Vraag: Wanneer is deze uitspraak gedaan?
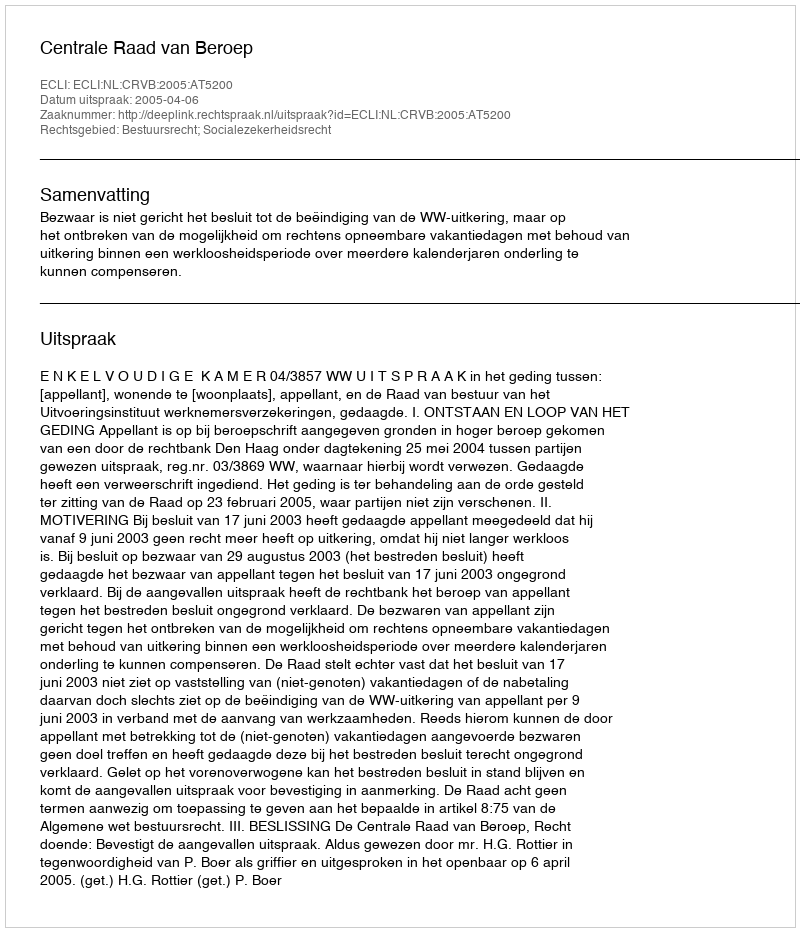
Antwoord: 2005-04-06